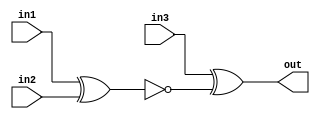
// This program was cloned from: https://github.com/Yvan-xy/verilog-doc
// License: GNU General Public License v2.0

module top_module (
    input in1,
    input in2,
    input in3,
    output out);
 wire out1;
    
    assign out1 = ~(in1^in2);
    
assign out = in3^ out1;
endmodule